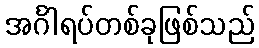
အင်္ဂါရပ်တစ်ခုဖြစ်သည်